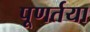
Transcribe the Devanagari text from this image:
पूणर्तया